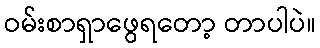
ဝမ်းစာရှာဖွေရတော့ တာပါပဲ။